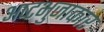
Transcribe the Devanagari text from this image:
अष्‍टभुजाकार